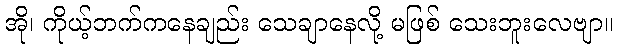
အို၊ ကိုယ့်ဘက်ကနေချည်း သေချာနေလို့ မဖြစ် သေးဘူးလေဗျာ။